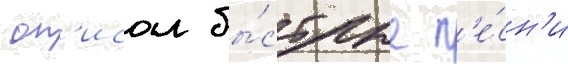
 оп'исал бы́стрые п'е́сн'и